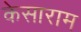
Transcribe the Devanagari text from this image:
केसाराम